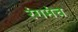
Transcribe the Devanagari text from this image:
रंगमंच